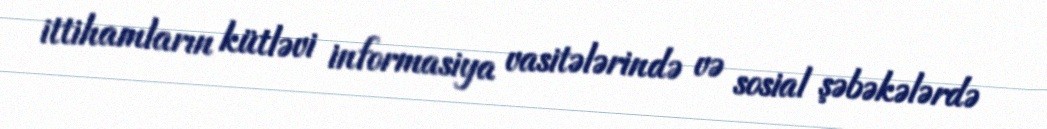
ittihamların kütləvi informasiya vasitələrində və sosial şəbəkələrdə